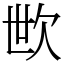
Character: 㰥